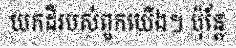
យកដីរបស់ពួកយើង។ ប៉ុន្តែ